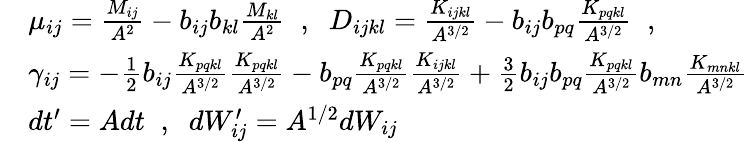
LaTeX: \begin{array}{rl}&{\mu_{ij}=\frac{M_{ij}}{A^{2}}-b_{ij}b_{kl}\frac{M_{kl}}{A^{2}}\; \; ,\; \; D_{ijkl}=\frac{K_{ijkl}}{A^{3/2}}-b_{ij}b_{pq}\frac{K_{pqkl}}{A^{3/2}}\; \; ,}\\ &{\gamma_{ij}=-\frac{1}{2}b_{ij}\frac{K_{pqkl}}{A^{3/2}}\frac{K_{pqkl}}{A^{3/2}}-b_{pq}\frac{K_{pqkl}}{A^{3/2}}\frac{K_{ijkl}}{A^{3/2}}+\frac{3}{2}b_{ij}b_{pq}\frac{K_{pqkl}}{A^{3/2}}b_{mn}\frac{K_{mnkl}}{A^{3/2}}}\\ &{dt^{\prime}=Adt\; \; ,\; \; dW_{ij}^{\prime}=A^{1/2}dW_{ij}}\end{array}